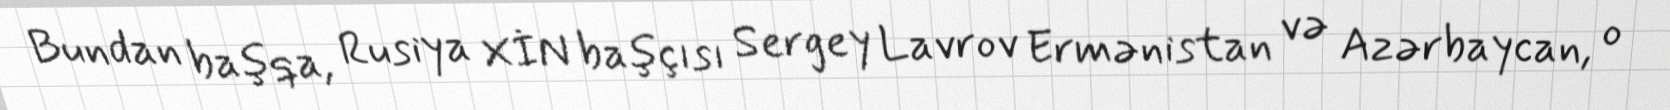
Bundan başqa, Rusiya XİN başçısı Sergey Lavrov Ermənistan və Azərbaycan, o